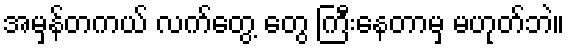
အမှန်တကယ် လက်တွေ့ တွေ ကြီးနေတာမှ မဟုတ်ဘဲ။